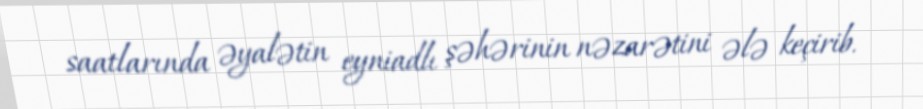
saatlarında əyalətin eyniadlı şəhərinin nəzarətini ələ keçirib.